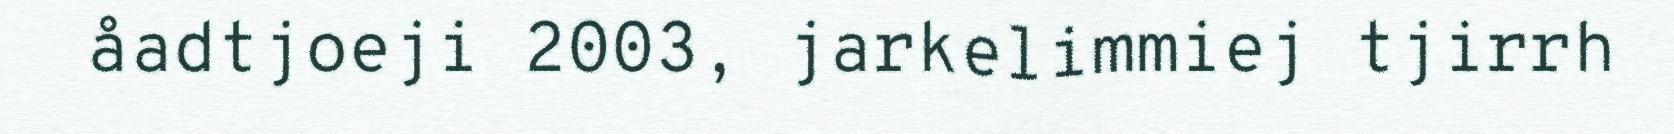
åadtjoeji 2003, jarkelimmiej tjirrh